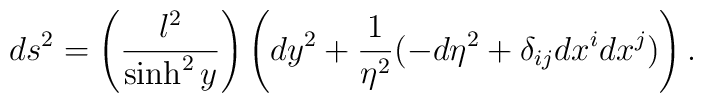
ds^2= \left(\frac{l^2}{\sinh^2 y}\right)\left(d y^2 + \frac{1}{\eta^2} (-d \eta^2+ \delta_{ij} dx^i dx^j )\right).